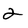
Character: 2